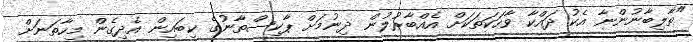
"ތާލިބާނުންނާ އެކު ދައްކާ ވާހަކަތަކަށް އެއްބާރުލުން ދިނުމަށް ޕާކިސްތާނުގެ ކިބައިން އެދިގެން މިހާތަނަށް